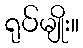
ရုပ်မျိုး။